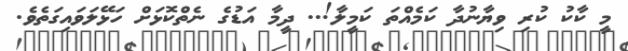
މީ ކާކު ކުރި ވިޔާނުދާ ކަމެއްތަ ކަމީލާ!.. ދީމާ އަޑުގެ ނެތްކޮޅަށް ހަޅޭލަވައިގަތެވެ.